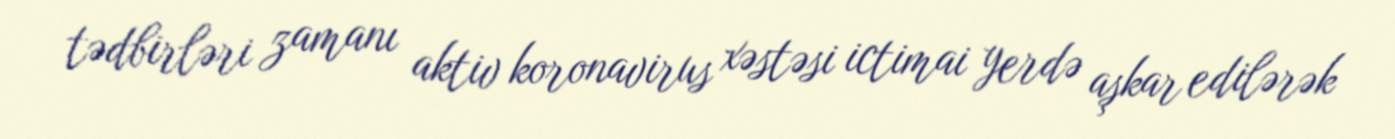
tədbirləri zamanı aktiv koronavirus xəstəsi ictimai yerdə aşkar edilərək